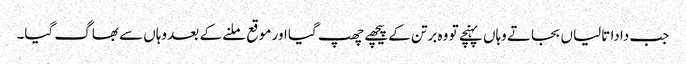
جب دادا تالیاں بجاتے وہاں پہنچے تو وہ برتن کے پیچھے چھپ گیا اور موقع ملنے کے بعد وہاں سے بھاگ گیا۔